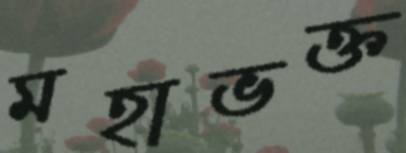
মহাভক্ত